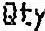
QTY